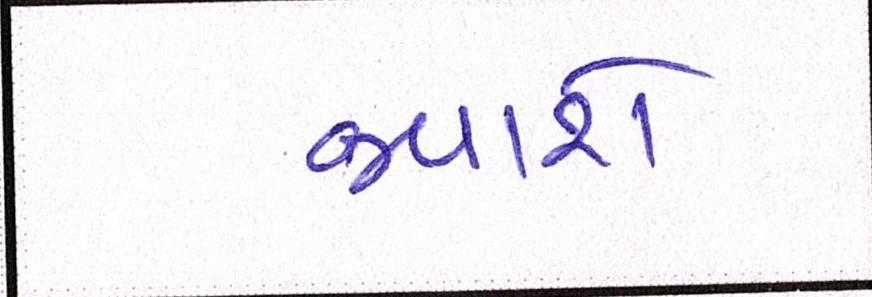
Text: જવાશે